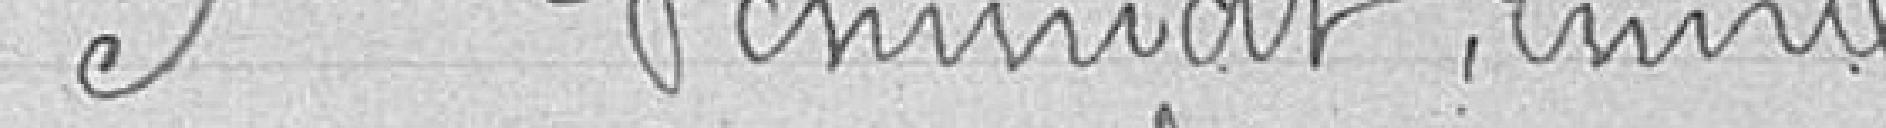
5. SCHMIDT Emile